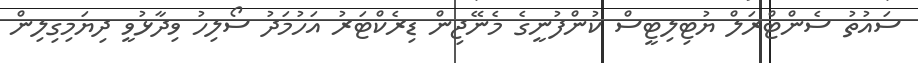
ސައުތު ސެންޓްރަލް ޔުޓިލިޓީސް ކުންފުނީގެ މެނޭޖިން ޑިރެކްޓަރު އަހުމަދު ސޯލިހު ވިދާޅުވީ ދިޔަމިގިލިން